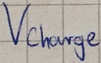
Text: Vcharge